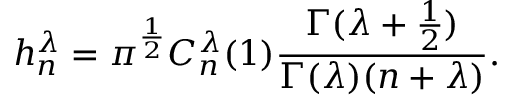
h _ { n } ^ { \lambda } = \pi ^ { \frac { 1 } { 2 } } C _ { n } ^ { \lambda } ( 1 ) \frac { \Gamma ( \lambda + \frac { 1 } { 2 } ) } { \Gamma ( \lambda ) ( n + \lambda ) } .